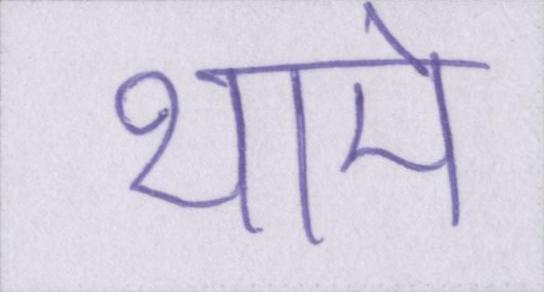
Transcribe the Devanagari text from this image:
थामे